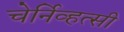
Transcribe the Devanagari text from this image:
चेर्निव्हत्सी